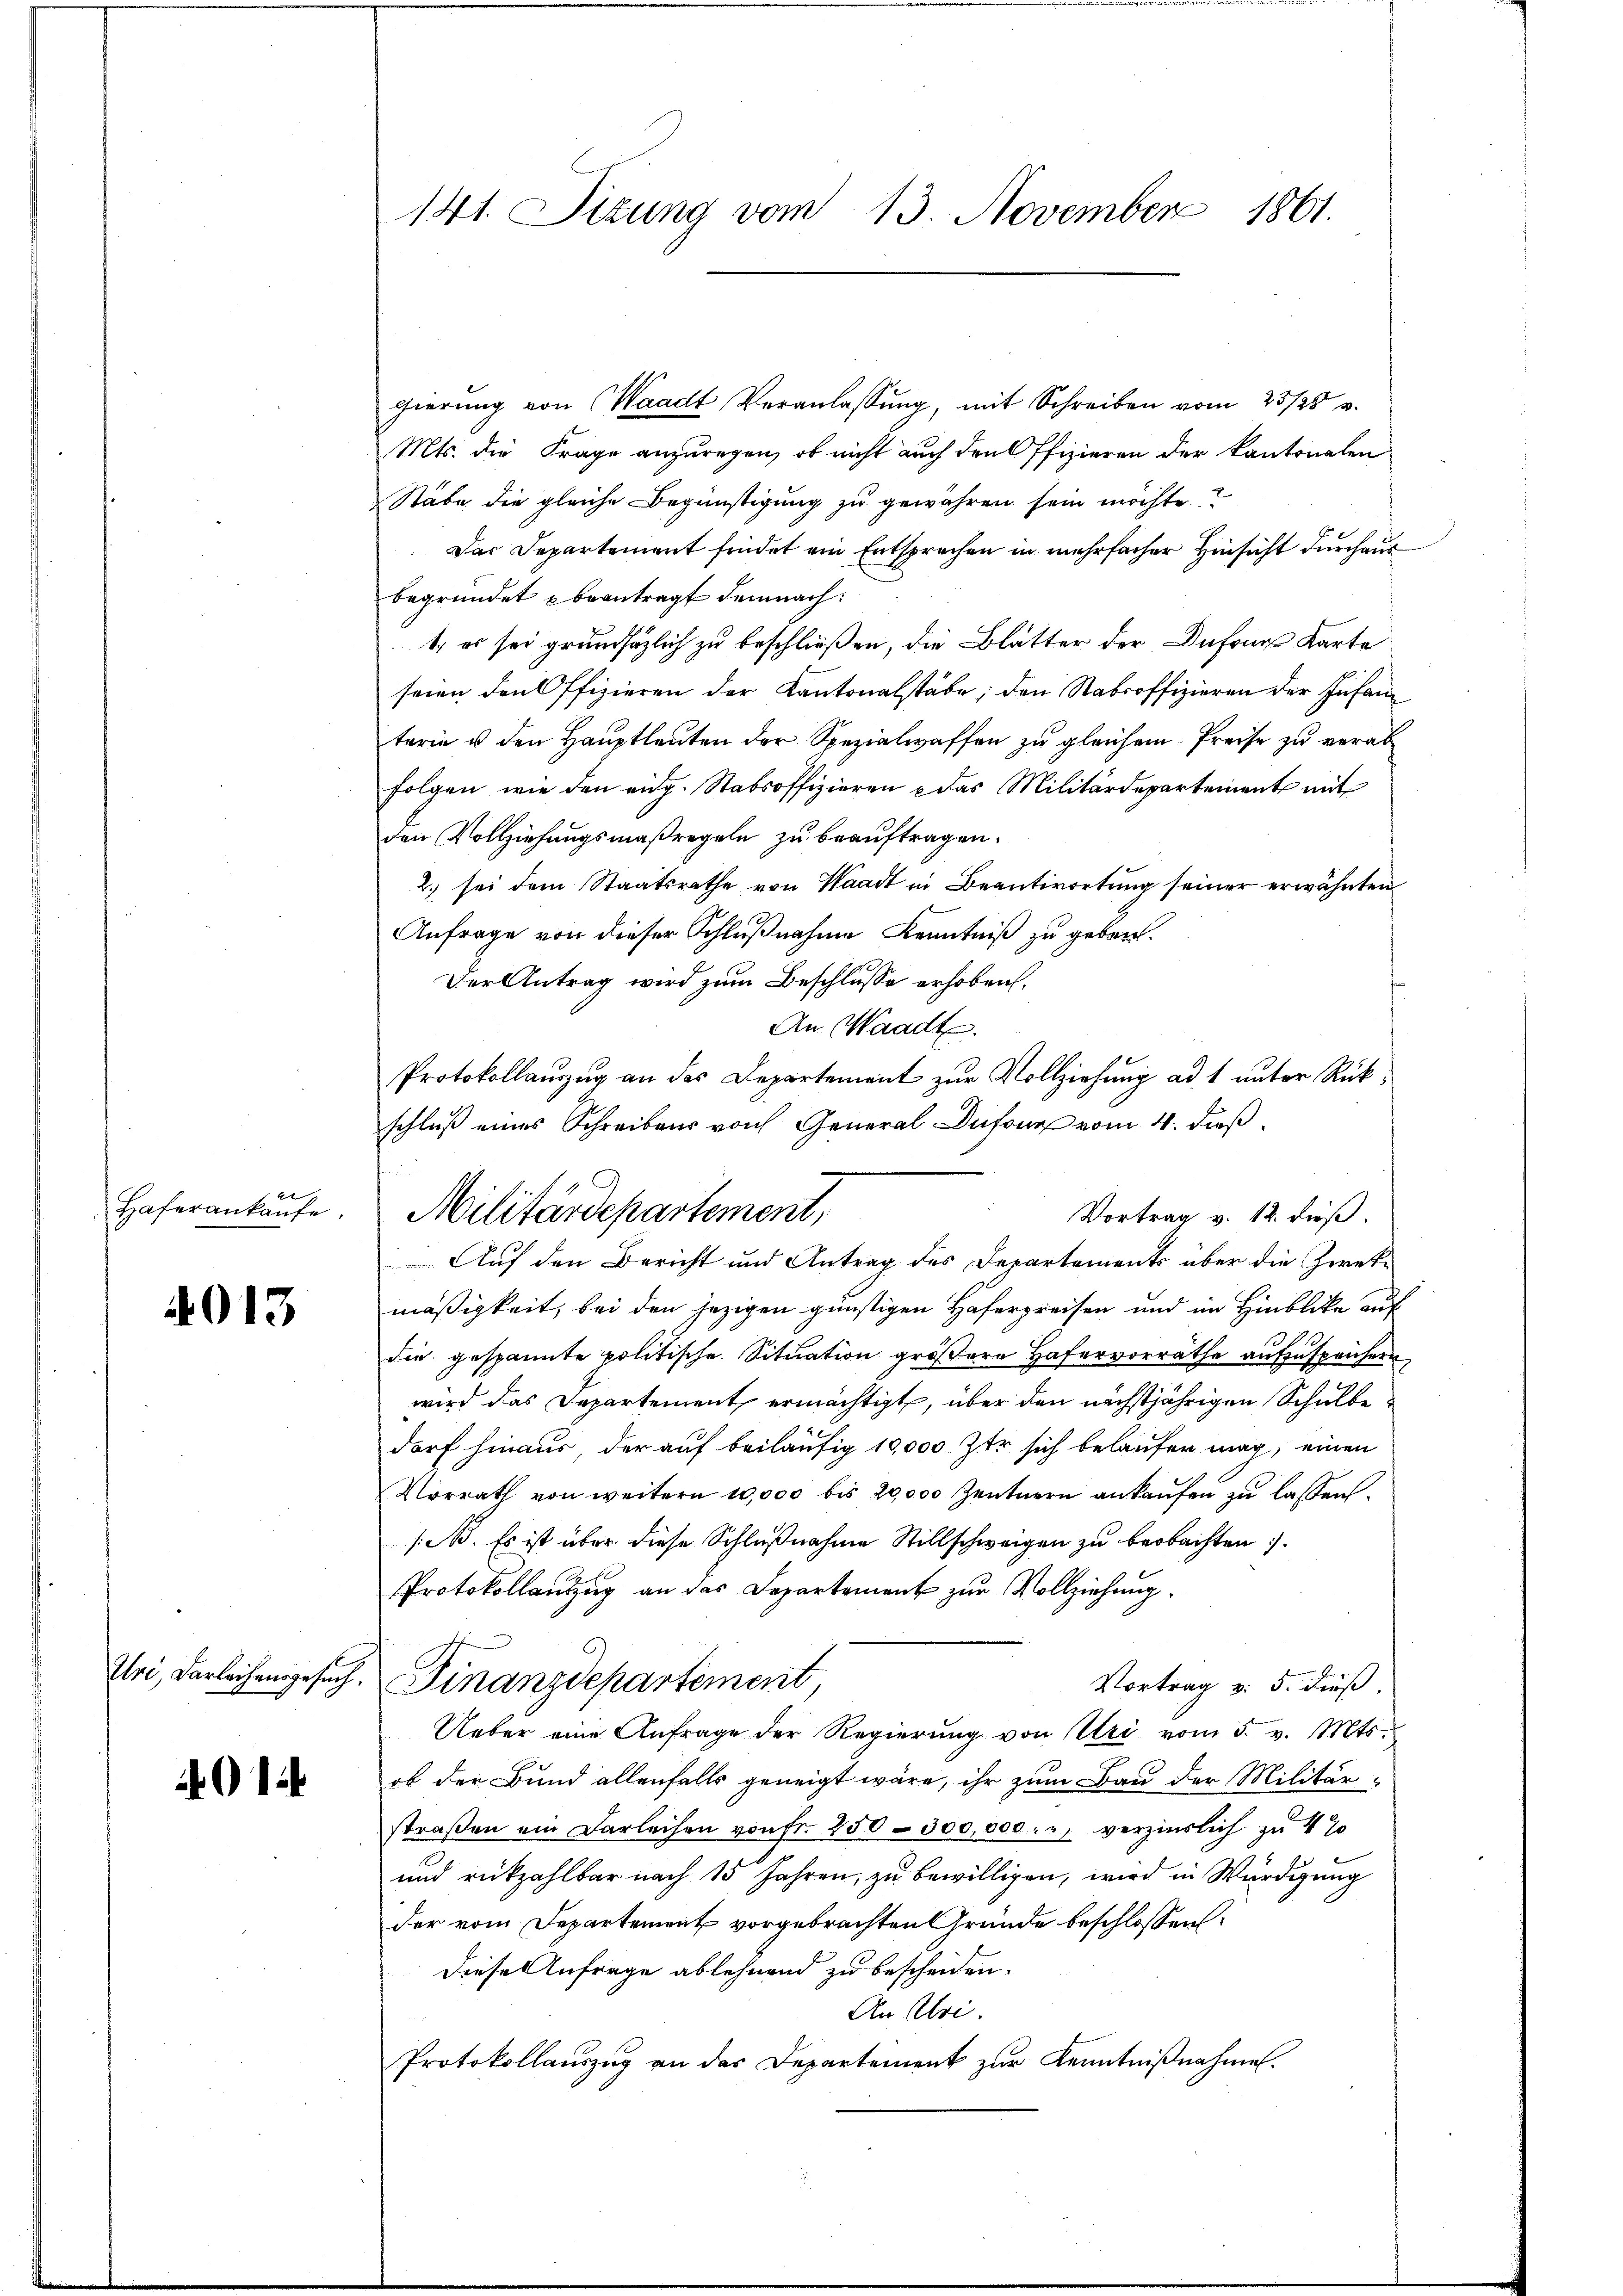
Haferankaŭfe

4013

Uri, Darleihensgesuch.

14

141. Sizung vom 13. November 1861.

gierung von Waadt Veranlassung, mit Schreiben vom 23/25.
Mts. die Frage anzuregen, ob nicht auch den Offizieren der kantonalen
Stäbe die gleiche Begünstigung zu gewähren sein möchte?
Das Departement findet ein Entsprechen in mehrfacher Hinsicht dŭrchaus
begründet beantragt demnach:
1., es sei grundsätzlich zu beschließen, die Blätter der Dufour Karte
seien den Offizieren der Kantonalstabe; den Stabsoffizieren der Infanterie u den Hauptleuten der Spezialwaffen zu gleichem Preise zu verab
folgen wie den eidg. Stabsoffizieren u das Militärdepartement mit
den Vollziehungsmaßregeln zu beauftragen.
2. sei dem Staatsrathe von Waadt in Beantwortung seiner erwähnten
Anfrage von dieser Schlußnahme Kenntniß zu geben.
Der Antrag wird zum Beschlusse erhoben.
An Waadt.
Protokollauszug an das Departement zur Vollziehung ad 1 unter Rückschluß eines Schreibens von General Infang vom 4. dieß
Auf den Bericht und Antrag des Departements über die Zweke
mäßigkeit, bei den jezigen günstigen Haferpreisen und im Hinblicke auf
die gespannte politische Situation größere Hafervorräthe aufzusprechern
wird das Departement ermächtigt, über den nächstjährigen Schulbe
darf hinaus, der auf beiläufig 10,000 Ztr sich belaufer mag, einen
Vorrath von weitern 10,000 bis 20,000 Zentnern ankaufen zu lassen.
/B. Es ist über diese Schlußnahme Stillschweigen zu beobachten
Protokollantzug an das Departement zur Vollziehung
Finanzdepartement
Vortrag v. 5. dieß
Ueber eine Anfrage der Regierung von Uri vom 5. v. Mts.
ob der Bund allenfalls geneigt wäre, ihr zum Bau der Militärstraβen ein Darleihen von fr. 250 - 300,000. u verzinslich zu 4%
und rückzahlbar nach 15 Jahren, zu bewilligen, wird in Würdigung
der vom Departement vorgebrachten Grunde beschlossen:
Diese Anfrage ablehnend zu bescheiden.
An Uri.
Protokollauszug an das Departement zur Kenntnißnahme.

Militärdepartement,

Vortrag v. 12. dieß.